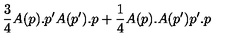
\frac { 3 } { 4 } A ( p ) . p ^ { \prime } A ( p ^ { \prime } ) . p + \frac { 1 } { 4 } A ( p ) . A ( p ^ { \prime } ) p ^ { \prime } . p